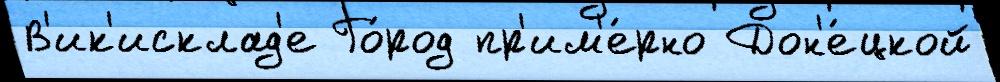
В'ик'исклад'е Го́род пр'им'е́рно Дон'е́цкой